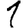
Digit: 1